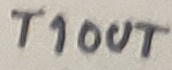
Text: T1OUT